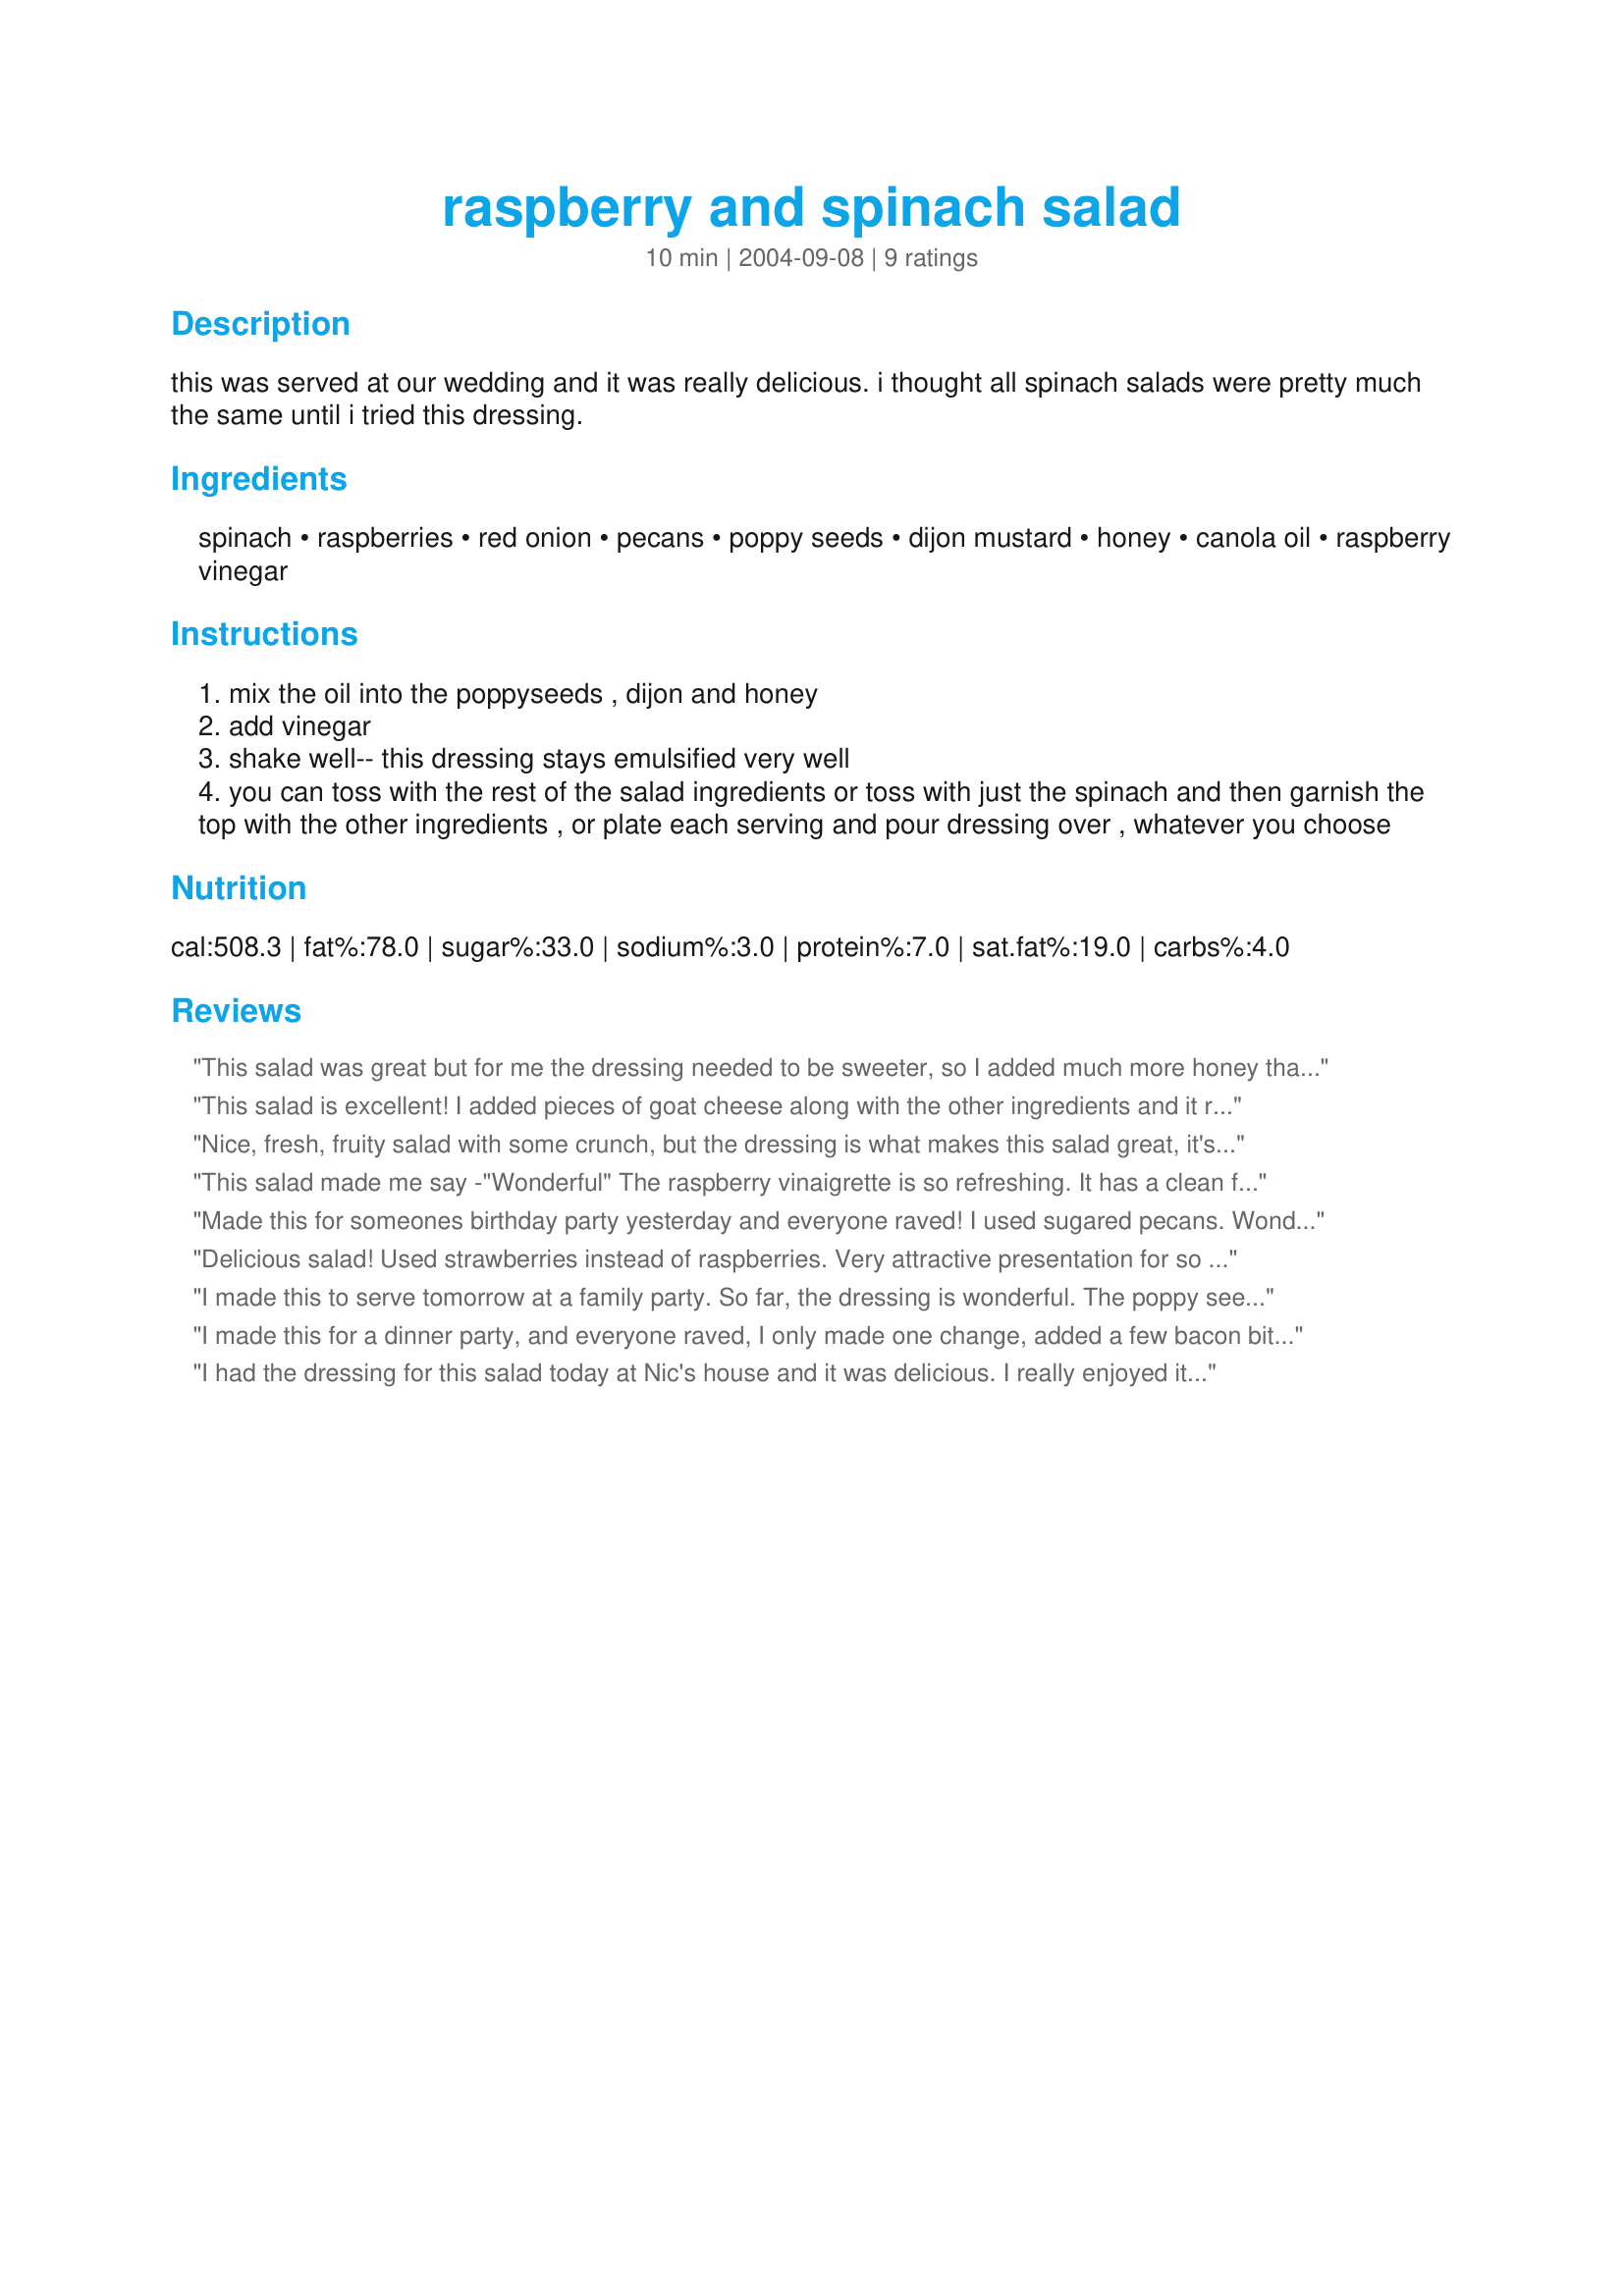
raspberry and spinach salad
Preparation time: 10 minutes

this was served at our wedding and it was really delicious. i thought all spinach salads were pretty much the same until i tried this dressing.

Ingredients:
spinach, raspberries, red onion, pecans, poppy seeds, dijon mustard, honey, canola oil, raspberry vinegar

Steps:
mix the oil into the poppyseeds , dijon and honey
add vinegar
shake well-- this dressing stays emulsified very well
you can toss with the rest of the salad ingredients or toss with just the spinach and then garnish the top with the other ingredients , or plate each serving and pour dressing over , whatever you choose

Reviews:
This salad was great but for me the dressing needed to be sweeter, so I added much more honey than the recipe called for. I do tend to like things sweet though so most people would probably prefer to make it as posted. The clolours of the salad made it very visually appealing. Thanks for sharing this recipe, it must have been a lovely part of your wedding meal.
This salad is excellent! I added pieces of goat cheese along with the other ingredients and it really topped off the recipe into a real winner. I would give it 100 stars if I could! I candied some cashews in sugar and used them instead of the pecans for a change. Excellent recipe Gay!
Nice, fresh, fruity salad with some crunch, but the dressing is what makes this salad great, it's fantastic and has become one of my favourites. The only thing I changed was to use some whole grain mustard and leave out the poppy seeds. Thanks for sharing this recipe.
This salad made me say -"Wonderful" The raspberry vinaigrette is so refreshing. It has a clean flavor that is difficult to describe - try it and you'll see what I mean. When it comes to eye appeal it wins hands down. I made four individual salads let everyone dress their own. This allowed me to show off the berries, onions and nuts to best advantage. I made the full amount of dressing and am happy to say I have some stashed that will be a nice treat for me this weekend. I could nor find candied pecans so I used candied Cashews - great. It was enjoyed by all, even one very fussy eater. Thanks Gay just Love this salad.
Made this for someones birthday party yesterday and everyone raved! I used sugared pecans. Wonderful!
Delicious salad! Used strawberries instead of raspberries. Very attractive presentation for so little effort. We made it two days in a row, it's that good!
I made this to serve tomorrow at a family party. So far, the dressing is wonderful. The poppy seeds make it extra special and it is so easy to make!
I made this for a dinner party, and everyone raved, I only made one change, added a few bacon bits, because I like the sweet, salty combo. I candied the pecans, and I will definatly make this salad again, the dressing is excellent and easy, Thanks Gay!
I had the dressing for this salad today at Nic's house and it was delicious. I really enjoyed it. She used wholegrain mustard and it really gave the dressing a wonderful flavour. I know I will make this dressing myself at home!
